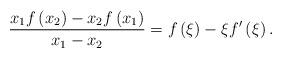
LaTeX: \begin{align*}\frac{{x_1 f\left( {x_2 } \right) - x_2 f\left( {x_1 }\right)}}{{x_1 - x_2 }} = f\left( \xi \right) - \xi f'\left( \xi\right).\end{align*}